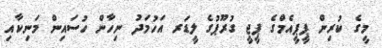
މީގެ ކުރިން ޕީޕީއެމްގެ ޕީޖީ ގުރޫޕުގެ ލީޑަރ އަހުމަދު ނިހާން ހުސައިން މަނިކާއި